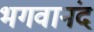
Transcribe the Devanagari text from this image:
भगवानंद